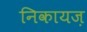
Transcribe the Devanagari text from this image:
निकायज़